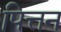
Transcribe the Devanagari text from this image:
पित्तन